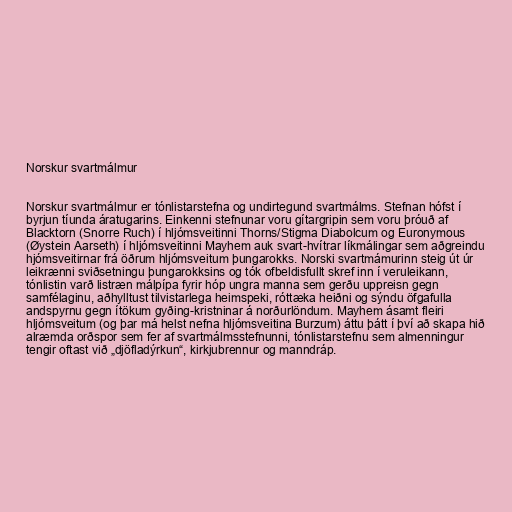
Norskur svartmálmur

Norskur svartmálmur er tónlistarstefna og undirtegund svartmálms. Stefnan hófst í
byrjun tíunda áratugarins. Einkenni stefnunar voru gítargripin sem voru þróuð af
Blacktorn (Snorre Ruch) í hljómsveitinni Thorns/Stigma Diabolcum og Euronymous
(Øystein Aarseth) í hljómsveitinni Mayhem auk svart-hvítrar líkmálingar sem aðgreindu
hjómsveitirnar frá öðrum hljómsveitum þungarokks. Norski svartmámurinn steig út úr
leikrænni sviðsetningu þungarokksins og tók ofbeldisfullt skref inn í veruleikann,
tónlistin varð listræn málpípa fyrir hóp ungra manna sem gerðu uppreisn gegn
samfélaginu, aðhylltust tilvistarlega heimspeki, róttæka heiðni og sýndu öfgafulla
andspyrnu gegn ítökum gyðing-kristninar á norðurlöndum. Mayhem ásamt fleiri
hljómsveitum (og þar má helst nefna hljómsveitina Burzum) áttu þátt í því að skapa hið
alræmda orðspor sem fer af svartmálmsstefnunni, tónlistarstefnu sem almenningur
tengir oftast við „djöfladýrkun“, kirkjubrennur og manndráp.